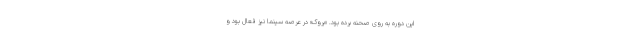
این دوره به روی صحنه برده بود. «بروک» در عرصه سینما نیز فعال بود و